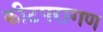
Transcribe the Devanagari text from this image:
कीटपरागण